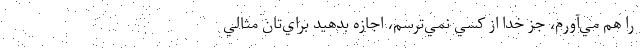
را هم مي‌آورم، جز خدا از كسي نمي‌ترسم، اجازه بدهيد براي‌تان مثالي